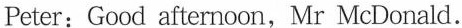
Peter:Good afternoon,Mr McDonald.